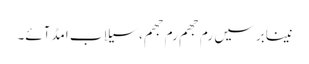
نینابرسیں رم جھم رم جھم،سیلاب امڈآئے۔